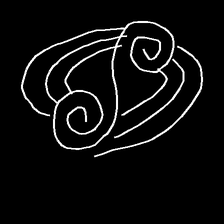
Glyph: wind-underfoot